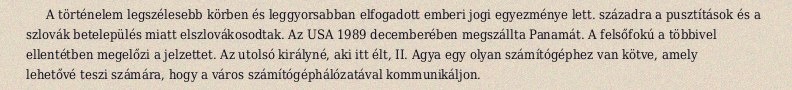
A történelem legszélesebb körben és leggyorsabban elfogadott emberi jogi egyezménye lett. századra a pusztítások és a szlovák betelepülés miatt elszlovákosodtak. Az USA 1989 decemberében megszállta Panamát. A felsőfokú a többivel ellentétben megelőzi a jelzettet. Az utolsó királyné, aki itt élt, II. Agya egy olyan számítógéphez van kötve, amely lehetővé teszi számára, hogy a város számítógéphálózatával kommunikáljon.